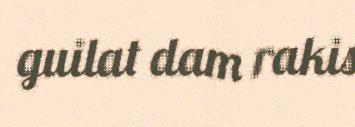
guilat dam rakis